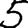
Digit: 5